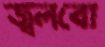
জ্বলবো